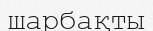
шарбақты